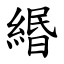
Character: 緡